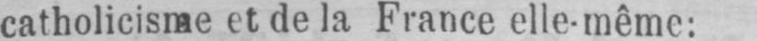
catholicisme et de la France elle-même: